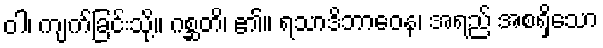
ဝါ၊ ကျက်ခြင်းသို့။ ဂစ္ဆတိ၊ ၏။ ရသာဒိဘာဝေန၊ အရည် အစရှိသော